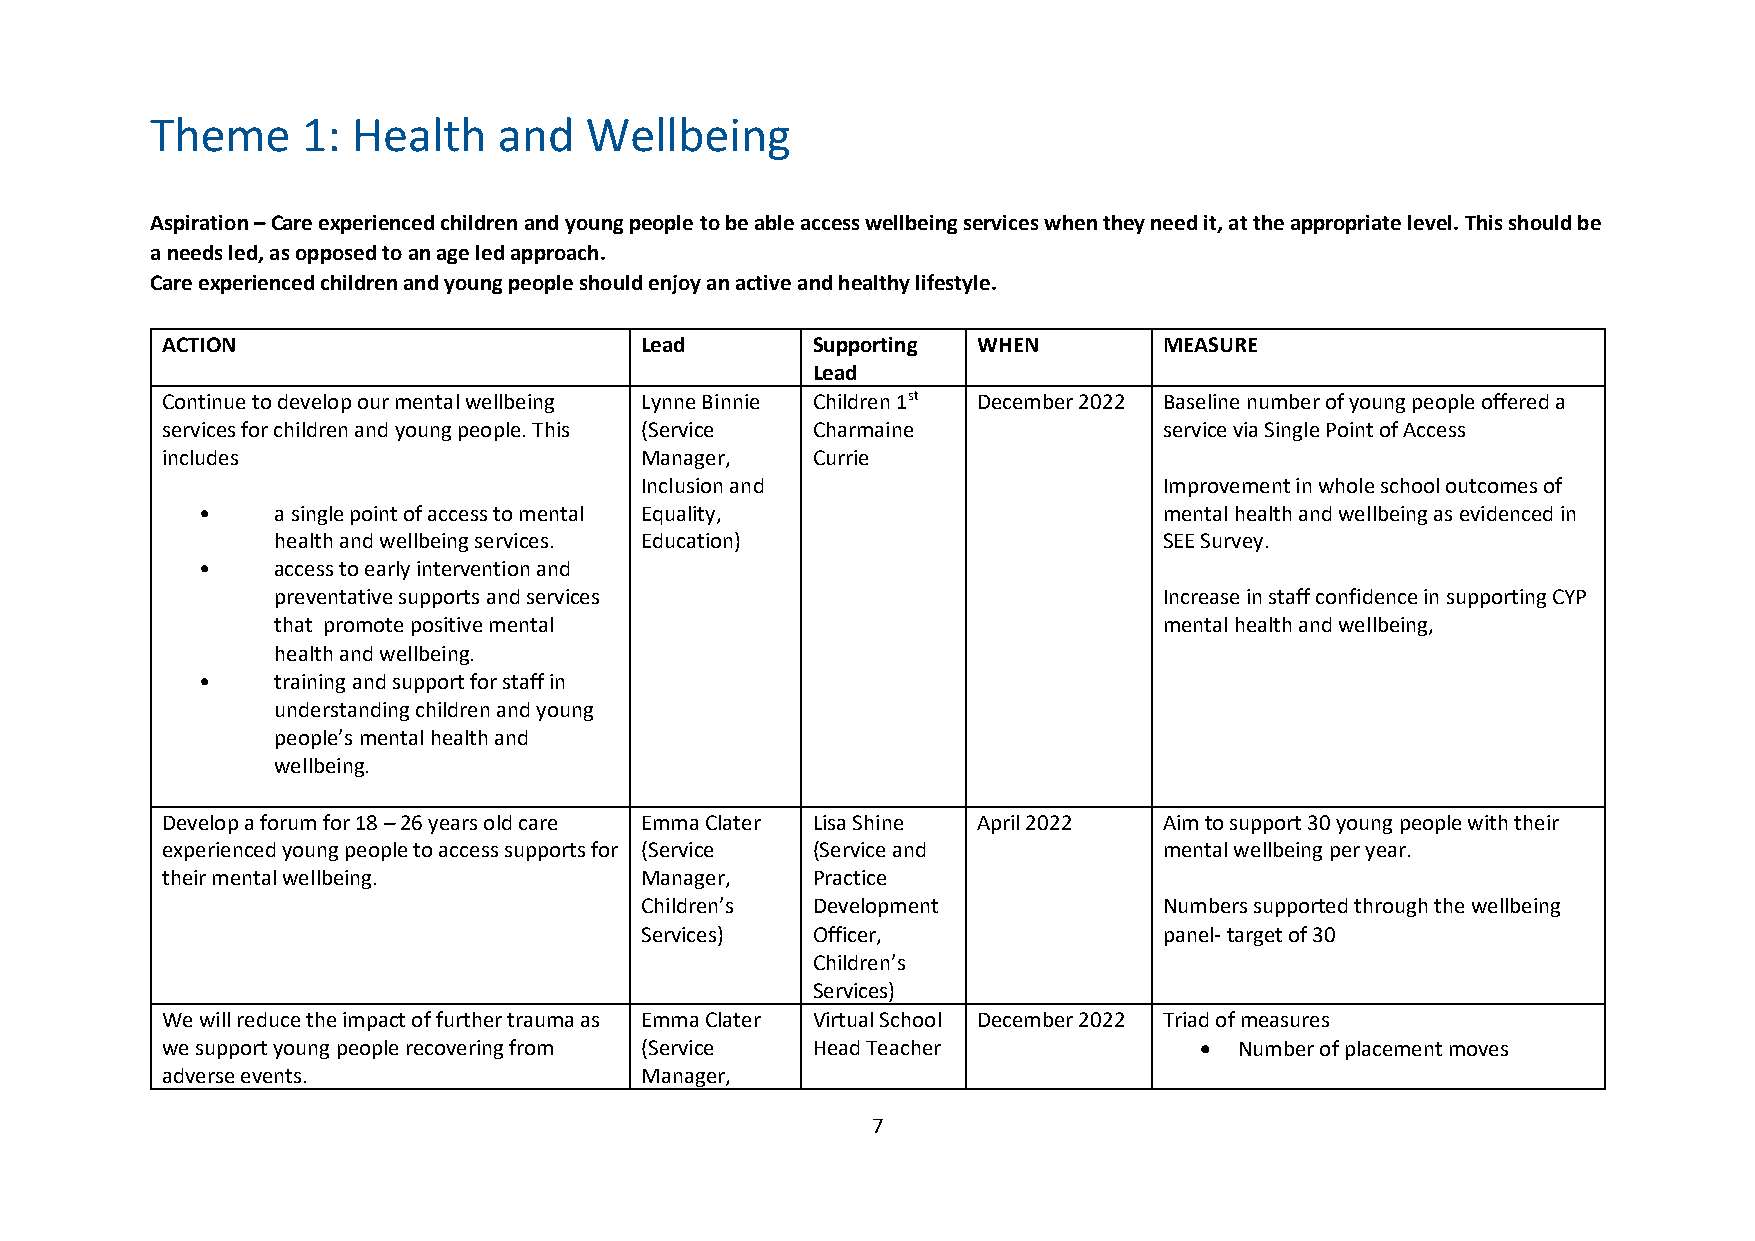
Theme     1: Health    and   Wellbeing
 Aspiration – Care experienced children and young people to be able access wellbeing services when they need it, at the appropriate level. This should be
 a needs led, as opposed to an age led approach.
 Care experienced children and young people should enjoy an active and healthy lifestyle.
 ACTION                         Lead        Supporting WHEN        MEASURE
 Lead
 Continue to develop our mental wellbeing Lynne Binnie Children 1st December 2022 Baseline number of young people offered a
 services for children and young people. This (Service Charmaine   service via Single Point of Access
 includes                       Manager,    Currie
 Inclusion and                      Improvement in whole school outcomes of
 •    a single point of access to mental Equality,               mental health and wellbeing as evidenced in
 health and wellbeing services. Education)                  SEE Survey.
 •    access to early intervention and
 preventative supports and services                         Increase in staff confidence in supporting CYP
 that promote positive mental                               mental health and wellbeing,
 health and wellbeing.
 •    training and support for staff in
 understanding children and young
 people’s mental health and
 wellbeing.
 Develop a forum for 18 – 26 years old care Emma Clater Lisa Shine April 2022 Aim to support 30 young people with their
 experienced young people to access supports for (Service (Service and mental wellbeing per year.
 their mental wellbeing.        Manager,    Practice
 Children’s  Development            Numbers supported through the wellbeing
 Services)   Officer,               panel- target of 30
 Children’s
 Services)
 We will reduce the impact of further trauma as Emma Clater Virtual School December 2022 Triad of measures
 we support young people recovering from (Service Head Teacher         Number of placement moves
 adverse events.                Manager,
 7